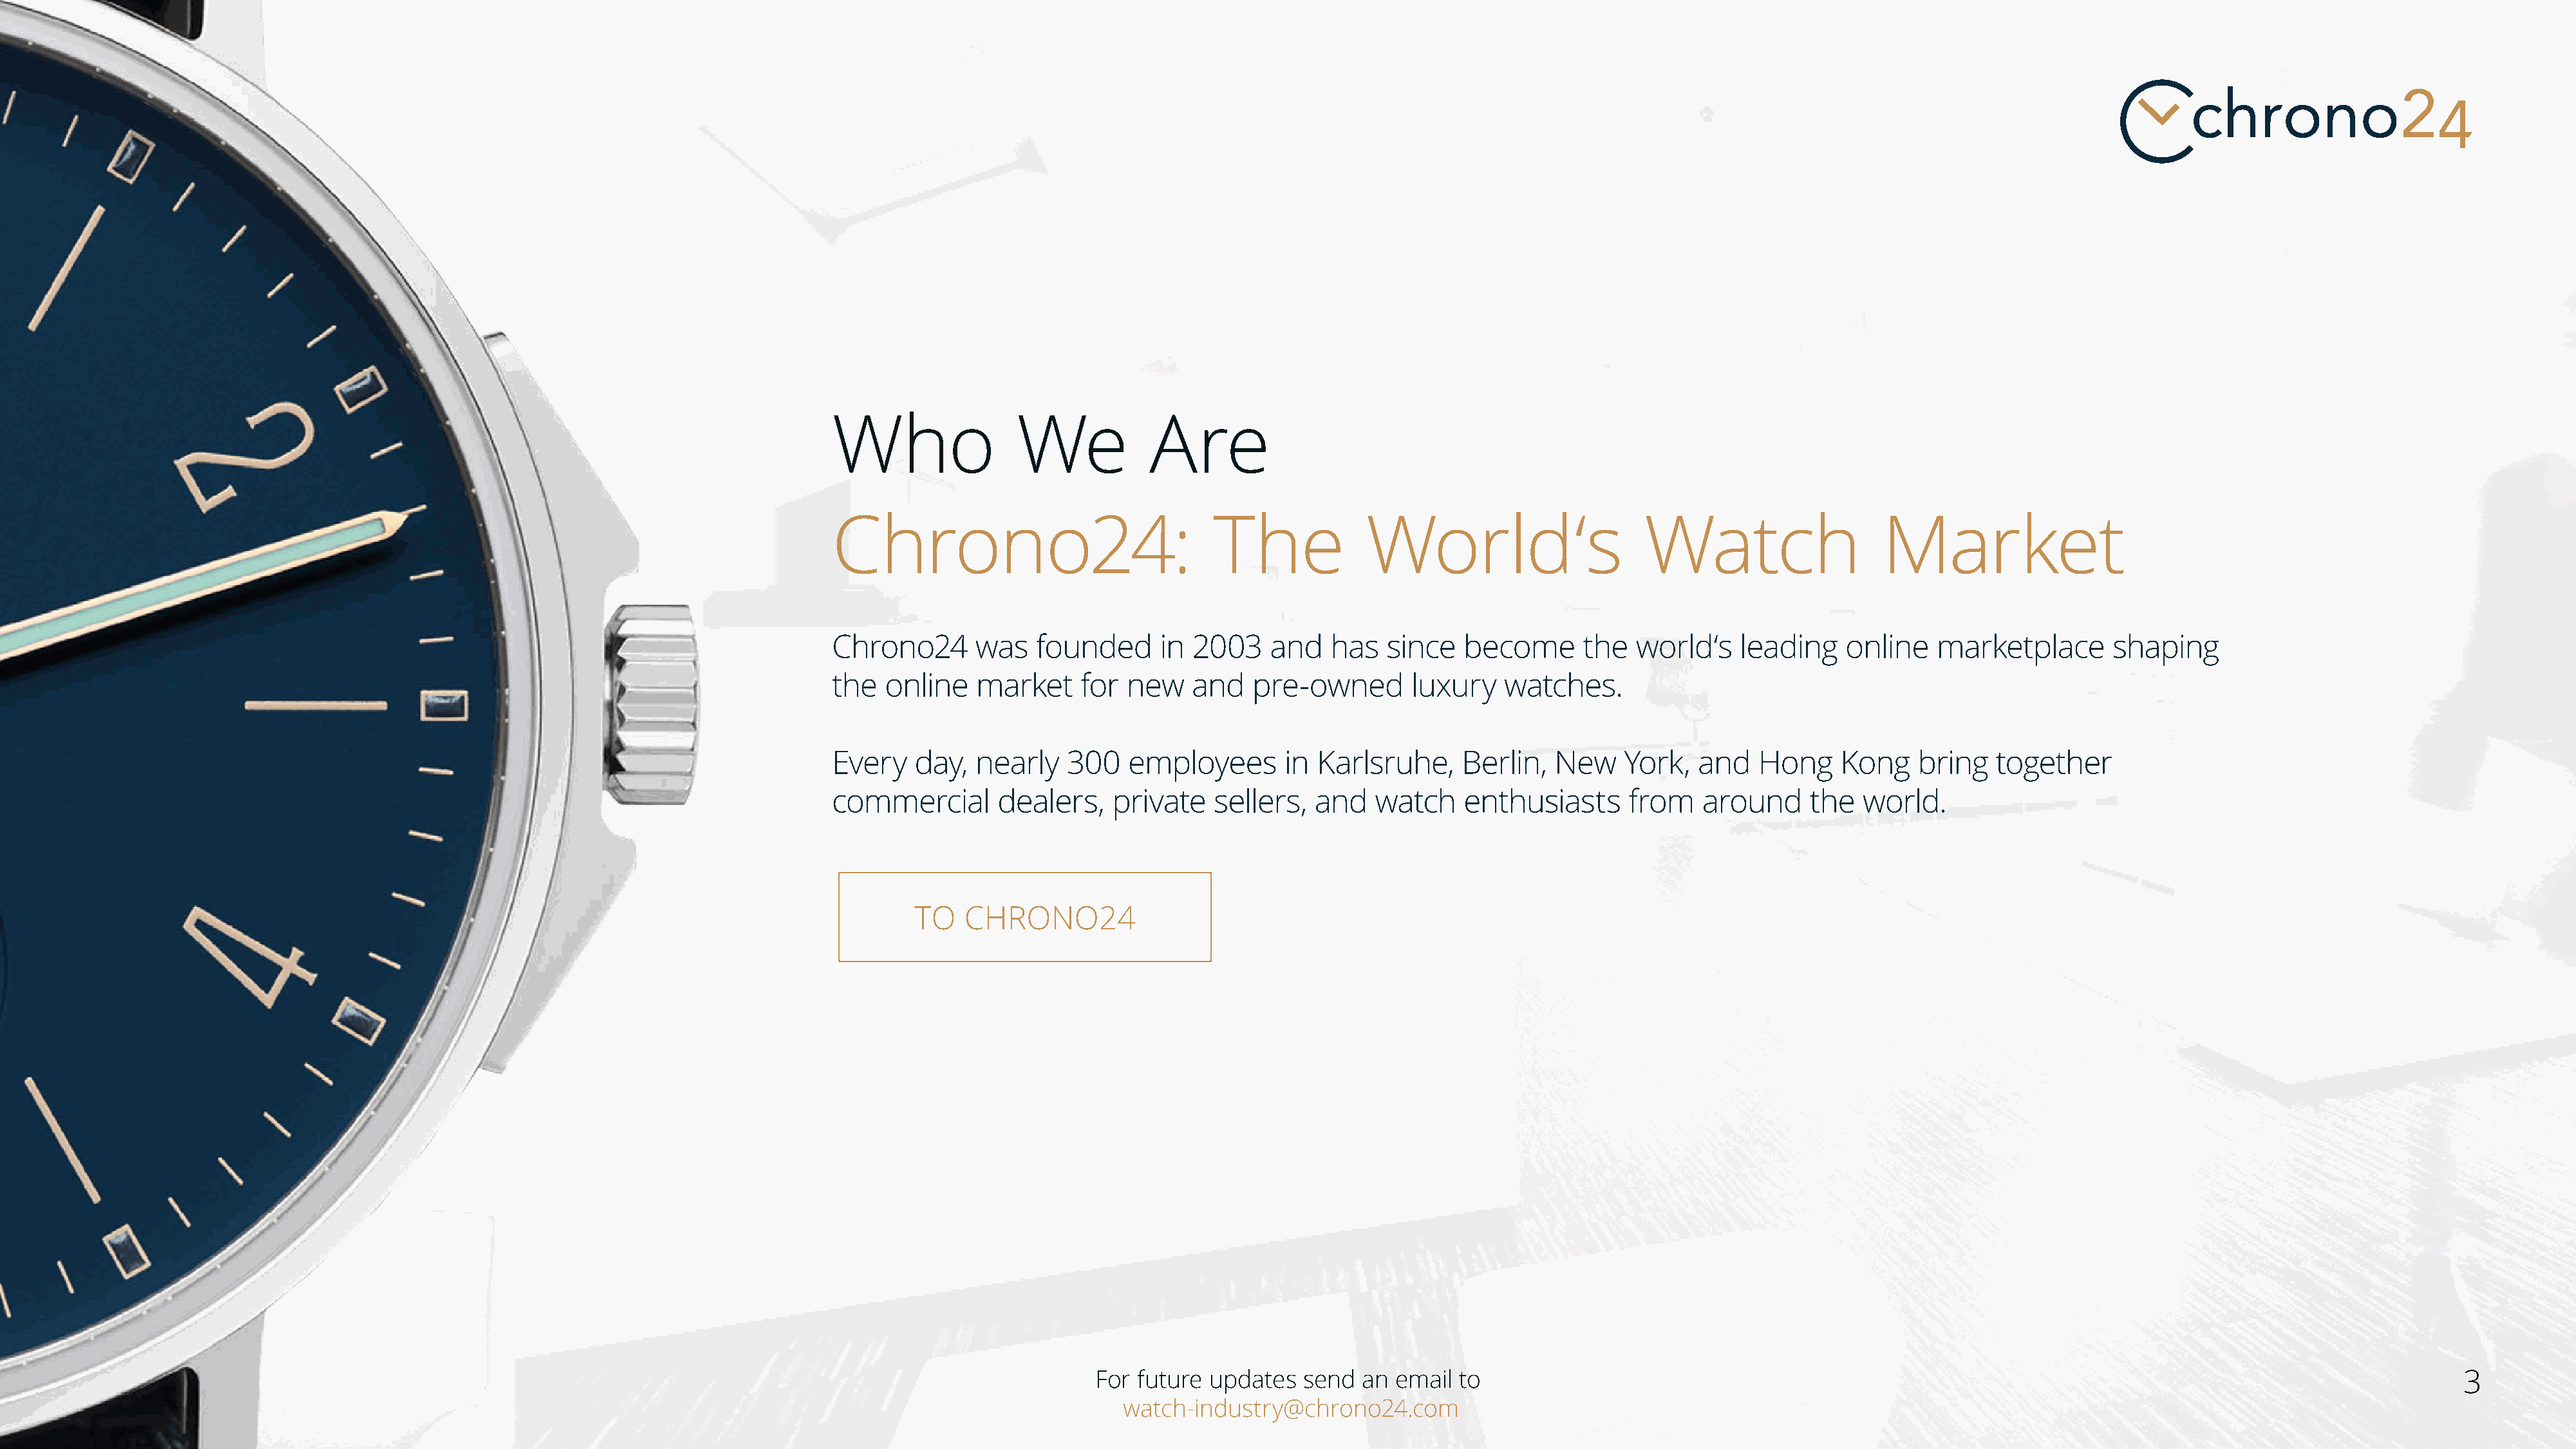
Who               We            Are
 Chrono24:                              The            World‘s                      Watch                   Market
 Chrono24      was   founded      in  2003    and   has   since  become       the  world‘s    leading    online   marketplace       shaping
 the  online   market     for  new    and   pre-owned       luxury    watches.
 Every   day,  nearly    300   employees       in Karlsruhe,     Berlin,   New    York,   and   Hong    Kong    bring   together
 commercial       dealers,   private    sellers,  and   watch    enthusiasts      from    around     the  world.
 TO   CHRONO24
 For future updates   send  an email  to                                                                                                     3
 watch-industry@chrono24.com